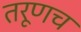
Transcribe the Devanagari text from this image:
तरूणच